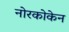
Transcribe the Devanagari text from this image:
नोरकोकेन